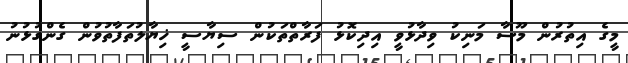
މީގެ އިތުރުން މޫސާ މަނިކު ވިދާޅުވީ އިދިކޮޅު ފަރާތްތަކުން ސިޔާސީ ޚިޔާލުތަފާތުވުން ގެންގުޅުނު